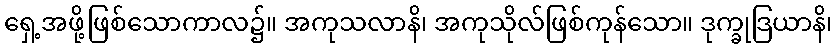
ရှေ့အဖို့ဖြစ်သောကာလ၌။ အကုသလာနိ၊ အကုသိုလ်ဖြစ်ကုန်သော။ ဒုက္ခုဒြယာနိ၊